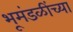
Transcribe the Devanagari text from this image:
भूमंडळींच्या